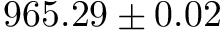
9 6 5 . 2 9 \pm 0 . 0 2